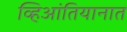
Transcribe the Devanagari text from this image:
व्हिआंतियानात